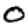
Digit: 0